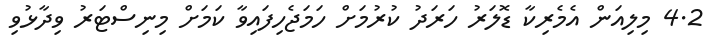
4.2 މިލިއަން އެމެރިކާ ޑޮލަރު ހަރަދު ކުރުމަށް ހަމަޖެހިފައިވާ ކަމަށް މިނިސްޓަރު ވިދާޅުވި